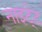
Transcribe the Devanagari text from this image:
नाइटे्ट